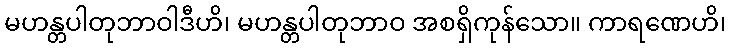
မဟန္တပါတုဘာဝါဒီဟိ၊ မဟန္တပါတုဘာဝ အစရှိကုန်သော။ ကာရဏေဟိ၊